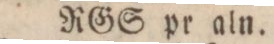
RGS pr aln.